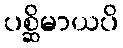
ပစ္ဆိမာယပိ